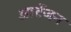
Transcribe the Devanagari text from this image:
आर्टेजन